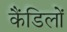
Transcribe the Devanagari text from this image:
कैंडिलों